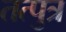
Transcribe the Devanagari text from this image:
तत्पुत्र